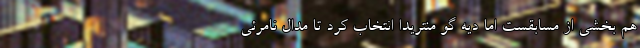
هم بخشى از مسابقست اما ديه گو منتريدا انتخاب كرد تا مدالِ نامرئی